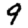
Digit: 9